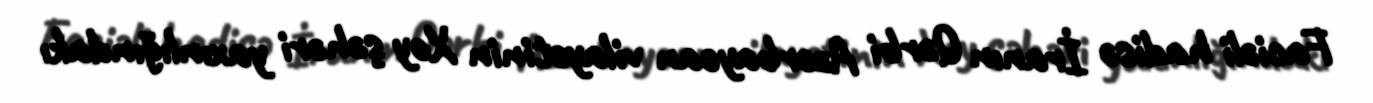
Faciəli hadisə İranın Qərbi Azərbaycan vilayətinin Xoy şəhəri yaxınlığındakı